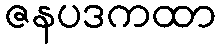
ဇနပဒကထာ